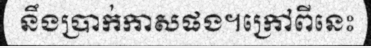
នឹងប្រាក់កាសផង។ក្រៅពីនេះ